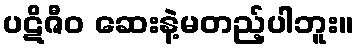
ပဋိဇီဝ ဆေးနဲ့မတည့်ပါဘူး။